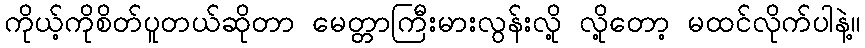
ကိုယ့်ကိုစိတ်ပူတယ်ဆိုတာ မေတ္တာကြီးမားလွန်းလို့ လို့တော့ မထင်လိုက်ပါနဲ့။